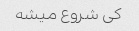
کی شروع میشه